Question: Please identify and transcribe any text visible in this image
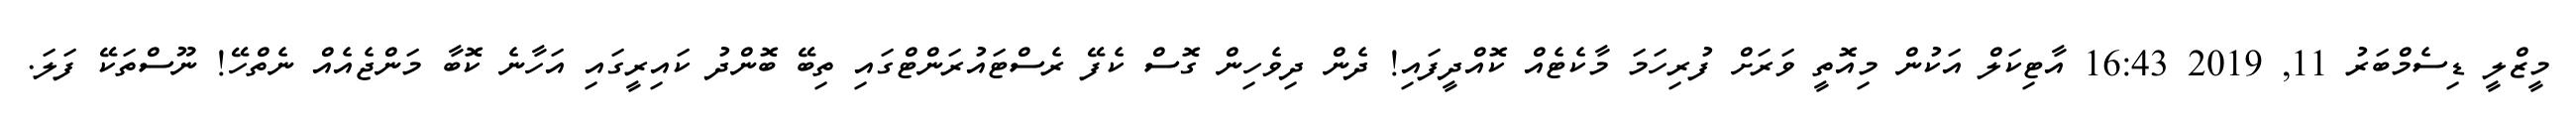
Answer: މީޒްލީ ޑިސެމްބަރު 11, 2019 16:43 އާޓިކަލް އަކުން މިއޮތީ ވަރަށް ފުރިހަމަ މާކެޓެއް ކޮއްދީފައި! ދެން ދިވެހިން ގޮސް ކެފޭ ރެސްޓައުރަންޓްގައި ތިބޭ ބޮންދު ކައިރީގައި އަހާނެ ކޮބާ މަންޖެއެއް ނެތްހޭ! ނޫސްތަކޭ ފަލަ.